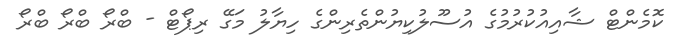
ކޮމެންޓް ޝާއިއުކުރުމުގެ އުސޫލުކިޔުންތެރިންގެ ހިޔާލު މަގޭ ރިޕޯޓް - ބްރޯ ބްރޯ ބްރޯ